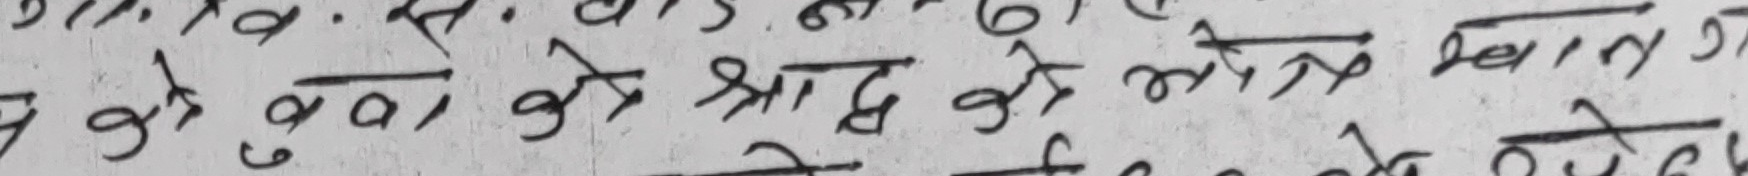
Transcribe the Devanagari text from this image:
ये चे गुवा, के श्राद्ध के भे रा